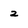
Character: 2